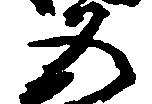
五